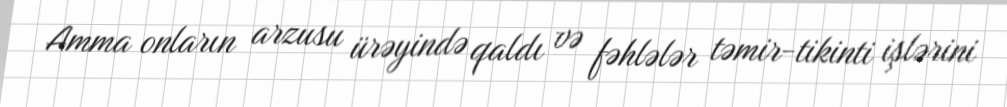
Amma onların arzusu ürəyində qaldı və fəhlələr təmir-tikinti işlərini